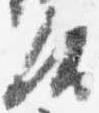
汰